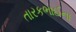
તારકભાઈના